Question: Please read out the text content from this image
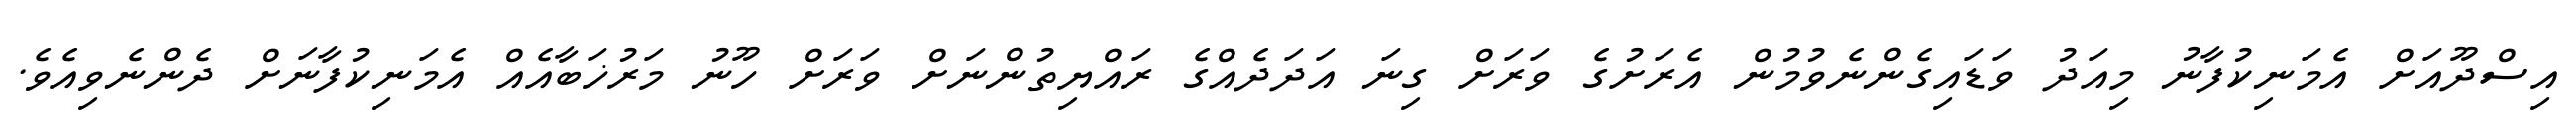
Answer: އިސްދޫއަށް އެމަނިކުފާނު މިއަދު ވަޑައިގެންނެވުމުން އެރަށުގެ ވަރަށް ގިނަ އަދަދެއްގެ ރައްޔިތުންނަށް ވަރަށް ހޫނު މަރުޚަބާއެއް އެމަނިކުފާނަށް ދެންނެވިއެވެ.